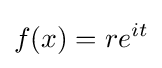
f(x)=re^{it}